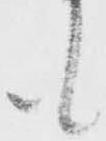
も